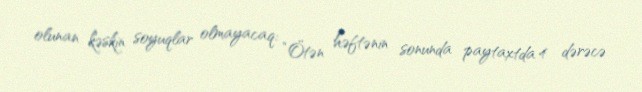
olunan kəskin soyuqlar olmayacaq: “Ötən həftənin sonunda paytaxtda 4 dərəcə